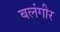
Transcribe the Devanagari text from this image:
बलंगीर